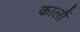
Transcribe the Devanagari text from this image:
कालौं